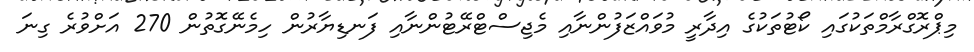
މިޕްރޮގްރާމްތަކުގައި ކޯޓުތަކުގެ އިދާރީ މުވައްޒަފުންނާއި މެޖިސްޓްރޭޓުންނާއި ފަނޑިޔާރުން ހިމެނޭގޮތުން 270 އަށްވުރެ ގިނަ